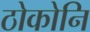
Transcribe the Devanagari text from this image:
ठोकोनि